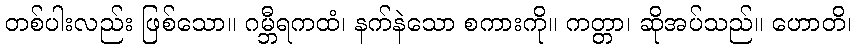
တစ်ပါးလည်း ဖြစ်သော။ ဂမ္ဘီရကထံ၊ နက်နဲသော စကားကို။ ကတ္တာ၊ ဆိုအပ်သည်။ ဟောတိ၊